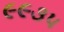
૯૯૩૫